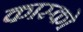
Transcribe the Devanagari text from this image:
कास्को